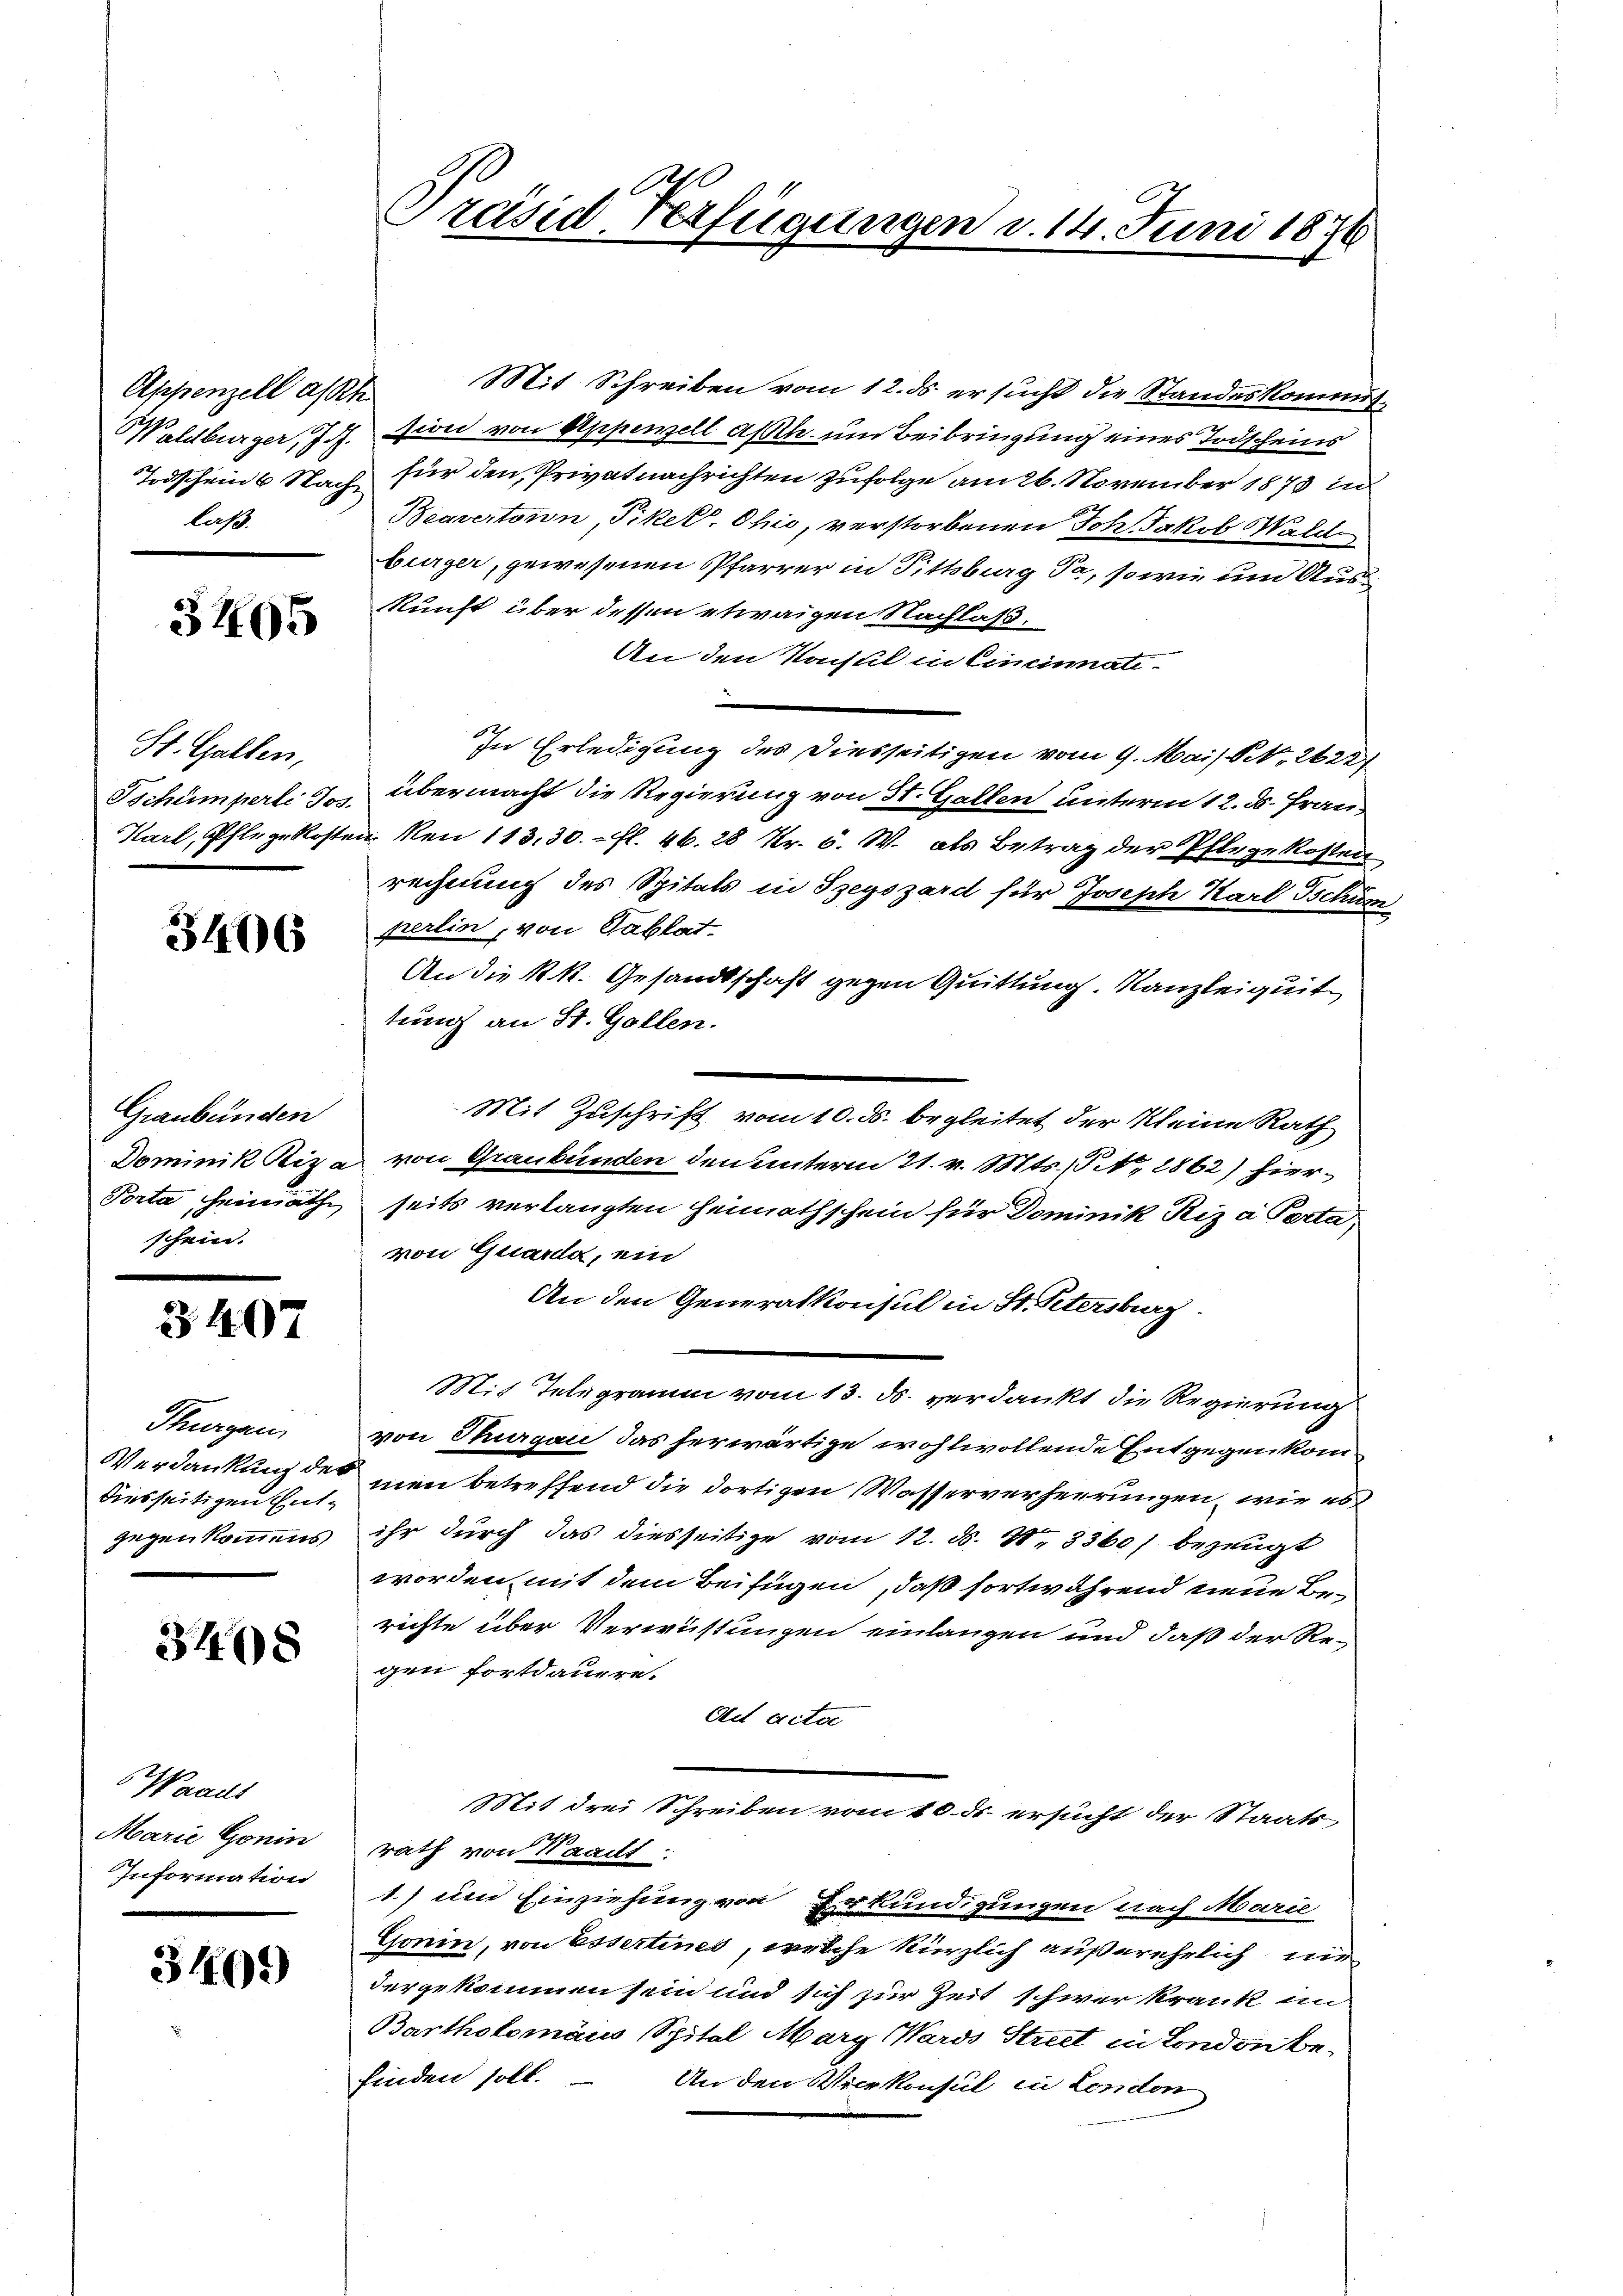
laß.

3405

St. Gallen,

3406

Graubünden
Dominik Riza

3407

Thurgau
Verdankung der
diesseitigen Entgegenkommens

3408

Waaus
Marie Gonin
Information

3409)

Appenzell asst. Mit Schreiben vom 12. ds. ersucht die Standeskommis¬
Waldburger, Joh. sion von Appenzell als um Beibringung eines Todscheins
Todschein 6. Nach für den Privatnachrichten zufolge am 26. November 1873 in
Beavertonn, Pikel, Ohio, verstorbenen Joh. Jakob Wald
bürger, gewesenen Pfarrer in Pittsburg da, sowie um Auskkunft über dessen etwaigen Nachlaß.
An den Konsul in Cincinati-
.
In Erledigung des Diesseitigen vom 9. Mais No. 26221
Tschumperte 3 übermacht die Regierung von St. Gallen unterm 12. d. Fran¬
Karl, Pflege kosten No 113, 30. fl. 46. 28 Nr. 5. W. als Betrag der Pflege kosten
rechnung des Spitals in Szegszárd für Joseph Karl Bchüm
perlin, von Tablat
An die k.k. Gesandtschaft gegen Quittung. Kanzleigeit
tung an St. Gallen.
Mit Zuschrift vom 10. ds. begleitet der Kleine Rath
von Graubünden den unterm 21. v. Mts. (N. 2862) hier¬
Porta heimathe seits verlangten Heimathschein für Dominik Riza Porta,
von Quarda, ein
An den Generalkonsul in St. Petersburg.
Mit Telegramm vom 13. ds. verdankt die Regierung
von Thurgau das herwärtige wohlwollende Entgegen kommen betreffend die dortigen Wasserverheerungen, wie es
ihr durch das diesseitige vom 12. d. 11. 3360) bezeugt
worden mit dem Beifügen, daß fortwährend neue Berichte über Verwüstungen einlangen und daß der Regen fortdauere.
Act acter
Mit drei Schreiben vom 10. ds. ersucht der Staats
rath von Waadt:
1.) um Einziehung von Erkundigungen nach Marie
Gonin, von Essertines, welche kürzlich außerehelich nie
dergekommen sein und sich zur Zeit schwer krank im
Bartholomäus Spital Marg, Wards Strict in London befinden soll.
An den Vicekonsul in London

x
Präsid. Verfügungen d. 14. Juni 1876